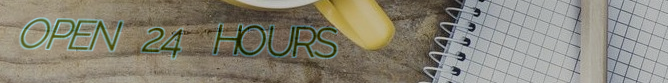
OPEN 24 HOURS